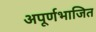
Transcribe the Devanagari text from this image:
अपूर्णभाजित